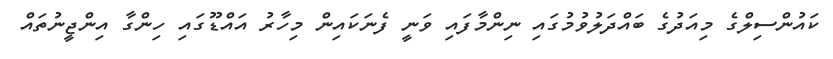
ކައުންސިލްގެ މިއަދުގެ ބައްދަލުވުމުގައި ނިންމާފައި ވަނީ ފެނަކައިން މިހާރު އައްޑޫގައި ހިންގާ އިންޖީނުތައް